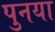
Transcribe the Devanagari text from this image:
पुनया